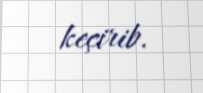
keçirib.